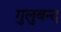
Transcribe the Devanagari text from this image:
गुलुबन्द